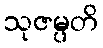
သုဇမ္ပတိ